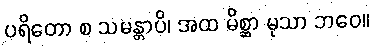
ပရိတော စ သမန္တာပိ၊ အထ မိစ္ဆာ မုသာ ဘဝေ။